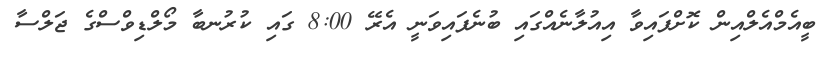
ބީއެމްއެލްއިން ކޮށްފައިވާ އިއުލާނެއްގައި ބުނެފައިވަނީ އެރޭ 8:00 ގައި ކުރުނބާ މޯލްޑިވްސްގެ ޖަލްސާ